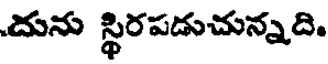
దును స్థిరపడుచున్నది.